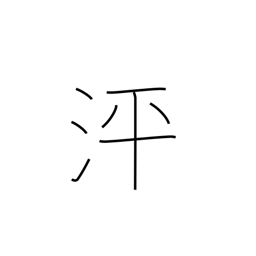
Meaning: surging water